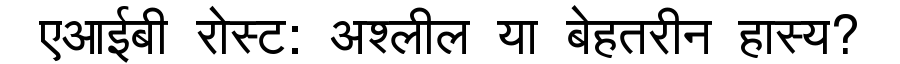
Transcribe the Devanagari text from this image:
एआईबी रोस्ट: अश्लील या बेहतरीन हास्य?